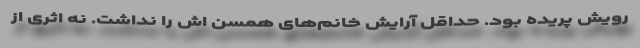
رویش پریده بود. حداقل آرایش خانم‌های همسن اش را نداشت. نه اثری از